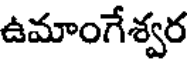
ఉమాంగేశ్వర